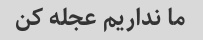
ما نداریم عجله کن